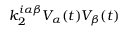
k _ { 2 } ^ { i \alpha \beta } V _ { \alpha } ( t ) V _ { \beta } ( t )